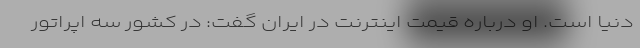
دنیا است. او درباره قیمت اینترنت در ایران گفت: در کشور سه اپراتور